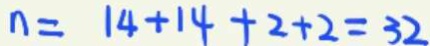
n = 1 4 + 1 4 + 2 + 2 = 3 2